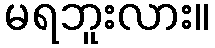
မရဘူးလား။